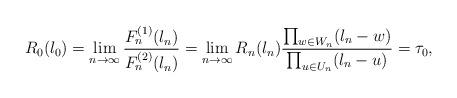
LaTeX: \begin{align*}R_0(\l_0)=\lim_{n\to\infty}\frac{F_n^{(1)}(\l_n)}{F_n^{(2)}(\l_n)}=\lim_{n\to\infty}R_n(\l_n)\frac{\prod_{w\in W_n}(\l_n-w)}{\prod_{u\in U_n}(\l_n-u)}=\tau_0, \end{align*}